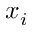
x _ { i }